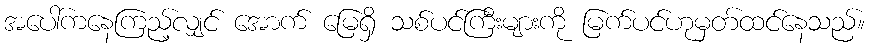
အပေါ်ကနေကြည့်လျှင် အောက် မြေရှိ သစ်ပင်ကြီးများကို မြက်ပင်ဟုမှတ်ထင်နေသည်။